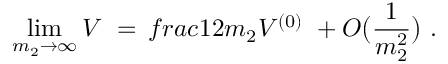
\operatorname * { l i m } _ { m _ { 2 } \rightarrow \infty } V \ = \, f r a c { 1 } { 2 m _ { 2 } } V ^ { ( 0 ) } \ + O \bigl ( \frac { 1 } { m _ { 2 } ^ { 2 } } \bigr ) \ .